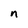
Character: n